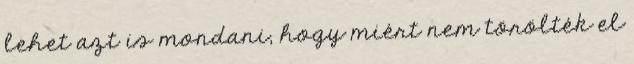
lehet azt is mondani, hogy miért nem törölték el